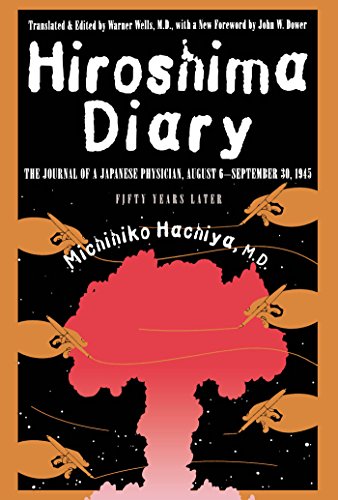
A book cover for Hiroshima Diary: The Journal of a Japanese Physician, August 6-September 30, 1945; Michihiko Hachiya; Literature & Fiction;